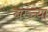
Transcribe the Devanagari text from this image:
बरच्या